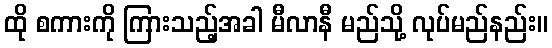
ထို စကားကို ကြားသည့်အခါ မီလာနီ မည်သို့ လုပ်မည်နည်း။